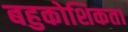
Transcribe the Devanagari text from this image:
बहुकोशिकता